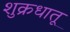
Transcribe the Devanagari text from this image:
शुक्रधातू